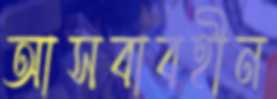
আসবাবহীন